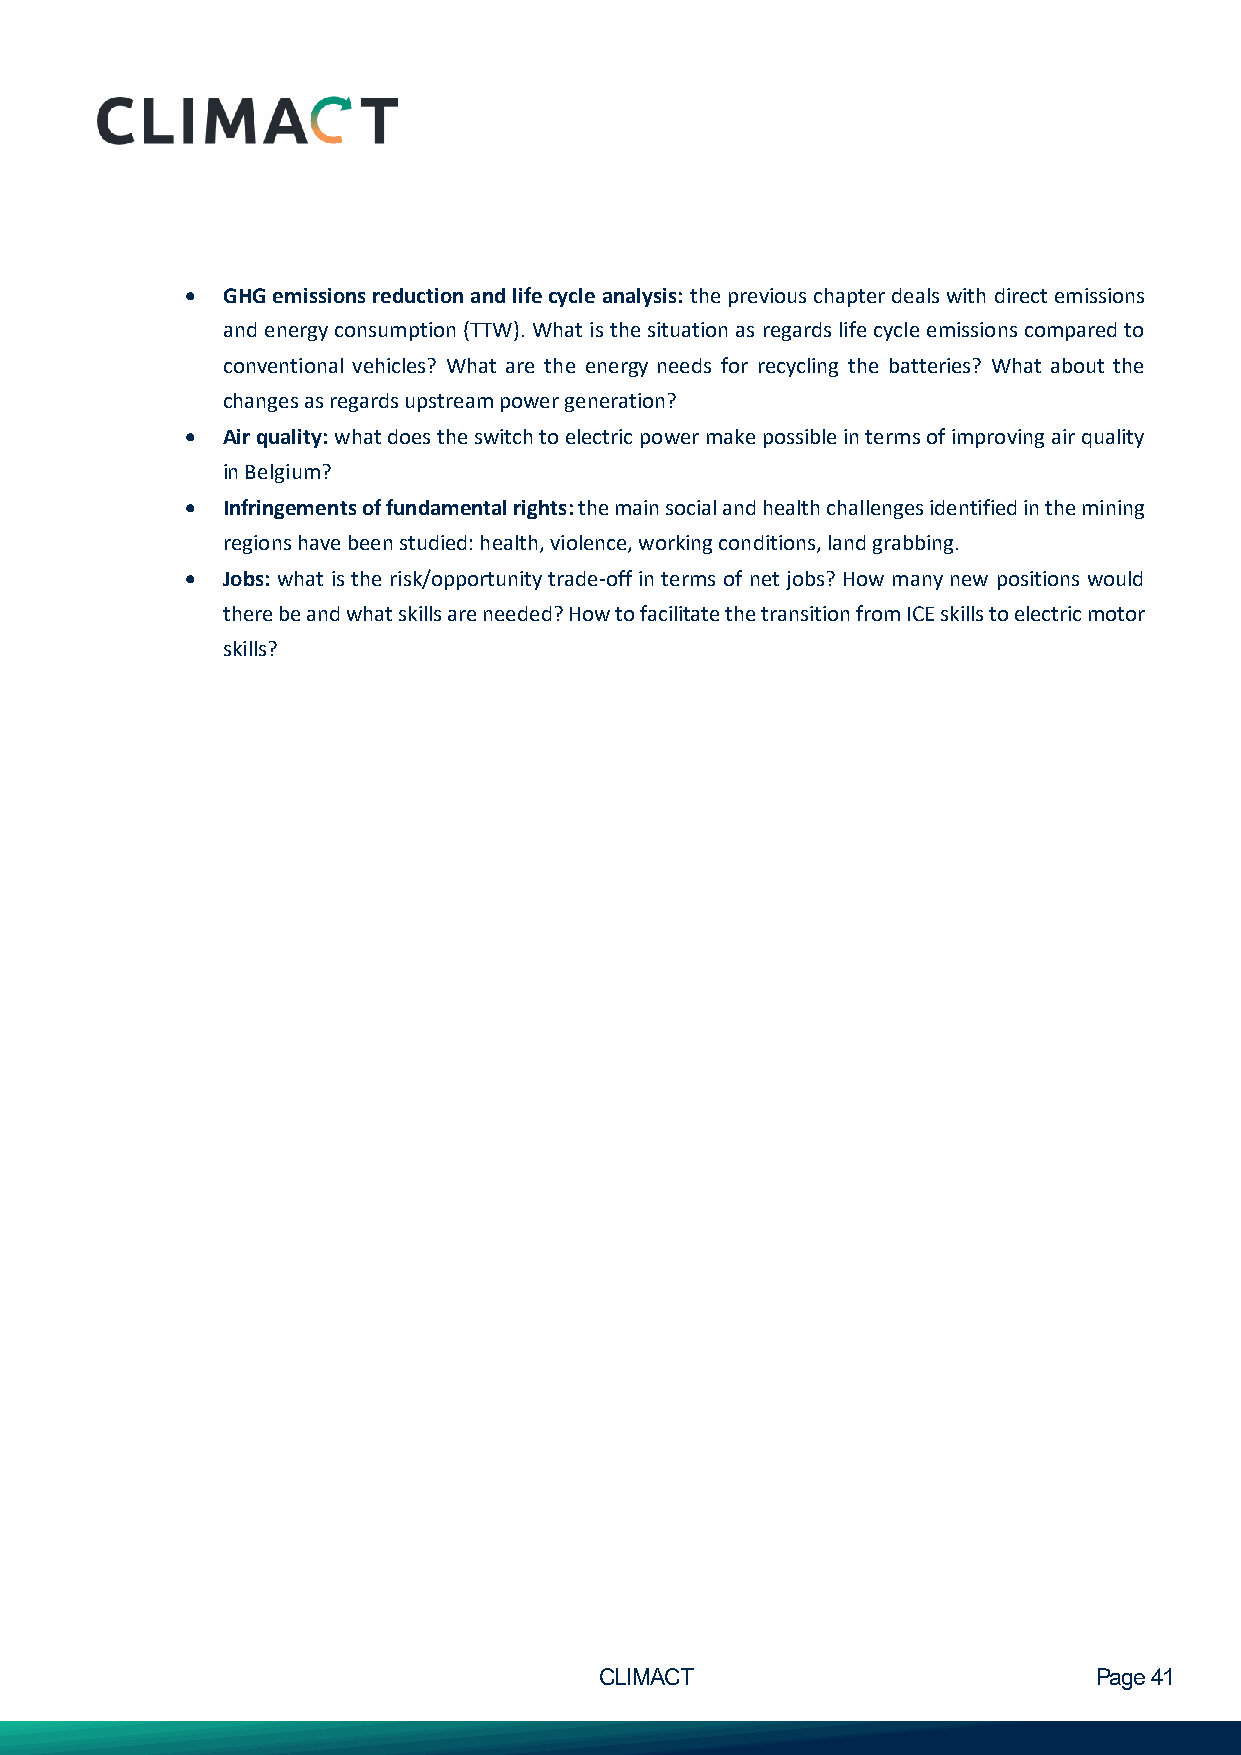
•  GHG emissions reduction and life cycle analysis: the previous chapter deals with direct emissions
 and energy consumption (TTW). What is the situation as regards life cycle emissions compared to
 conventional vehicles? What are the energy needs for recycling the batteries? What about the
 changes as regards upstream power generation?
 •  Air quality: what does the switch to electric power make possible in terms of improving air quality
 in Belgium?
 •  Infringements of fundamental rights: the main social and health challenges identified in the mining
 regions have been studied: health, violence, working conditions, land grabbing.
 •  Jobs: what is the risk/opportunity trade-off in terms of net jobs? How many new positions would
 there be and what skills are needed? How to facilitate the transition from ICE skills to electric motor
 skills?
 CLIMACT                         Page 41